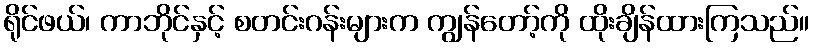
ရိုင်ဖယ်၊ ကာဘိုင်နှင့် စတင်းဂန်းများက ကျွန်တော့်ကို ထိုးချိန်ထားကြသည်။